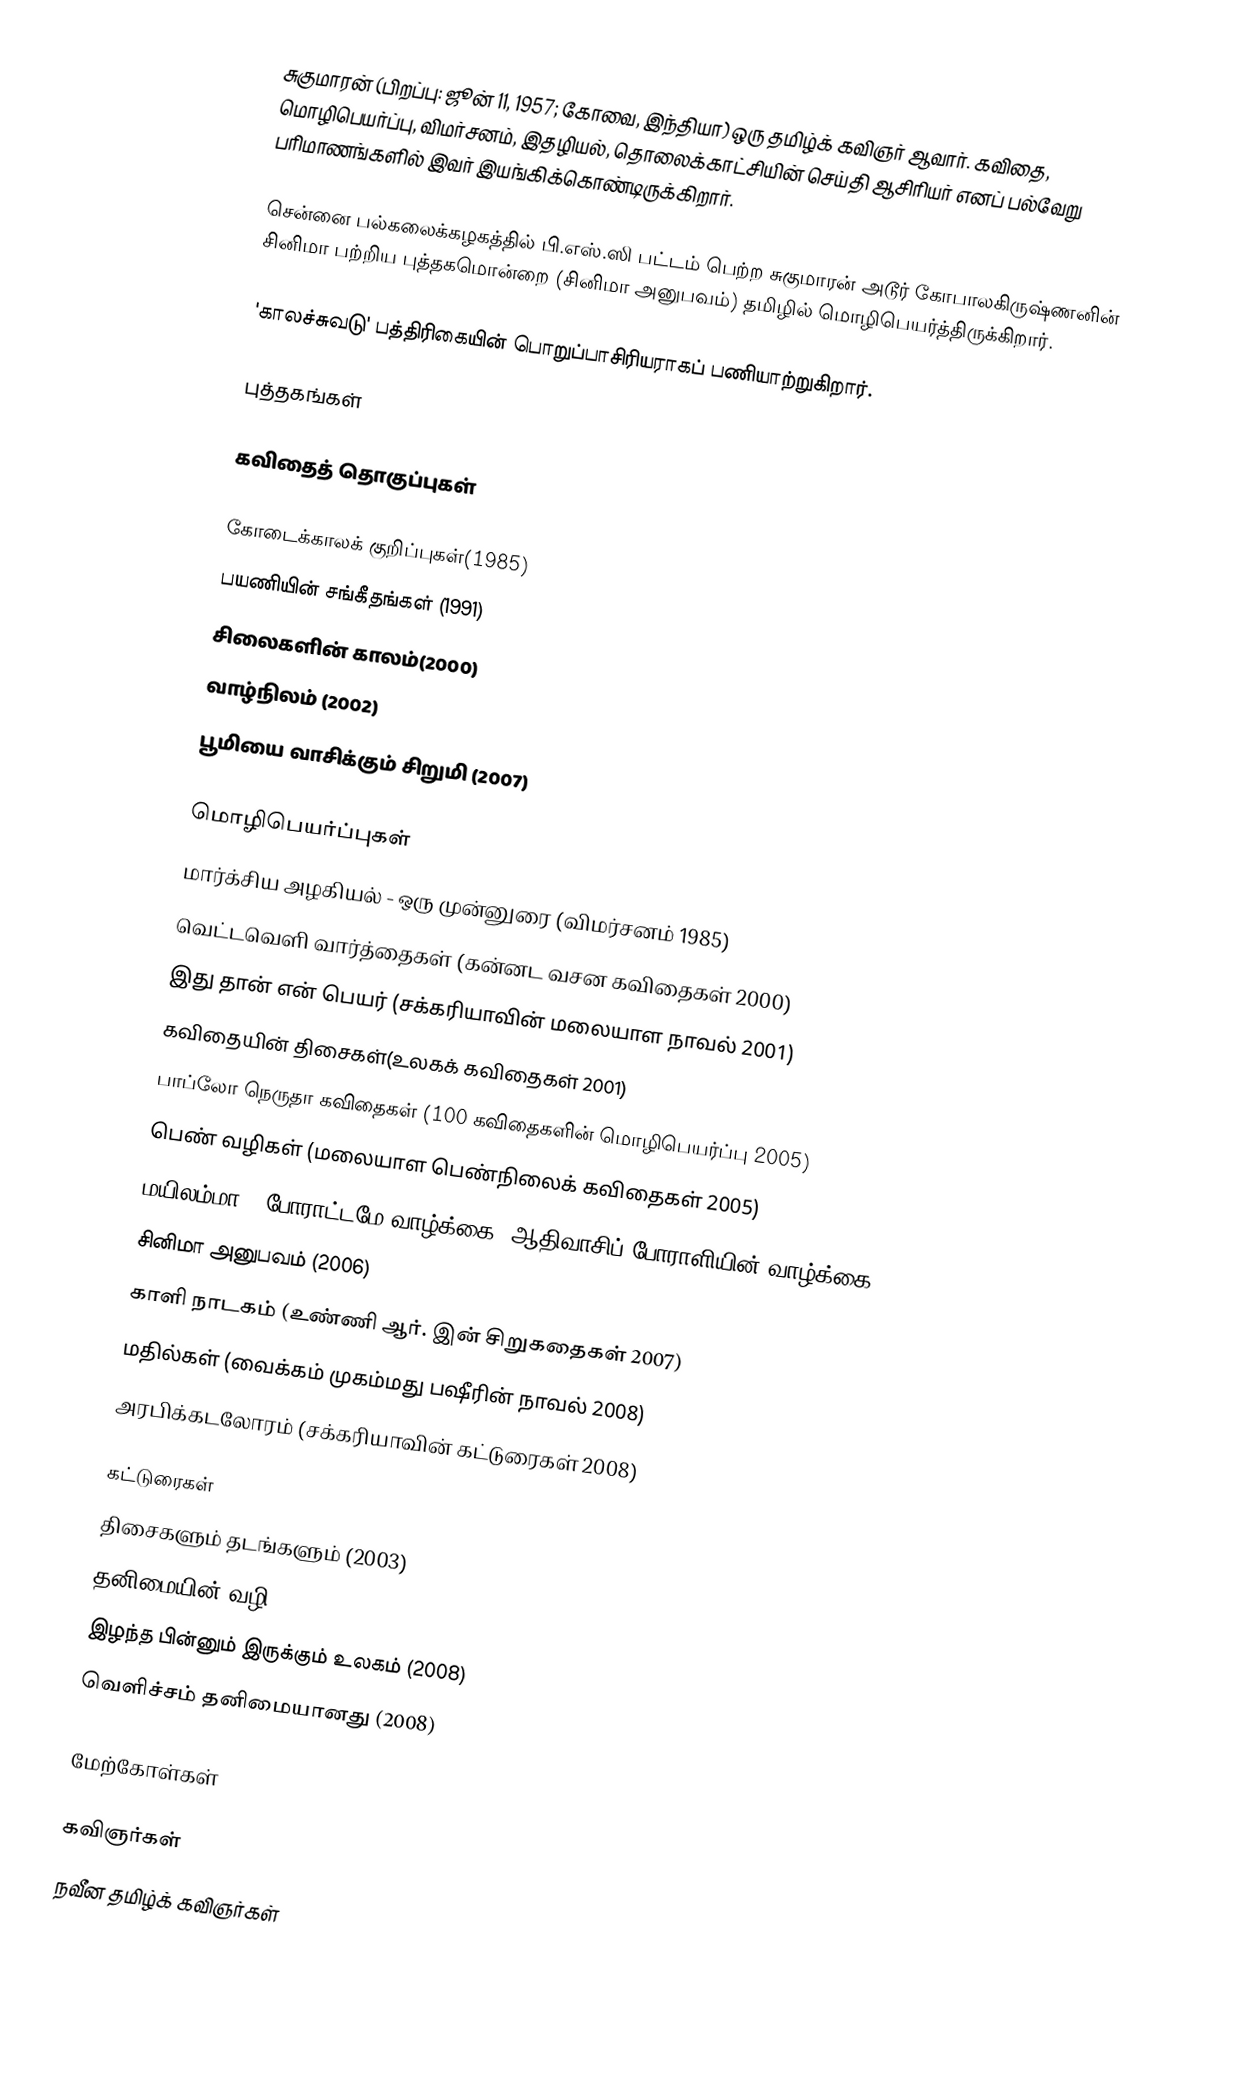
சுகுமாரன் (பிறப்பு: ஜூன் 11, 1957; கோவை, இந்தியா) ஒரு தமிழ்க் கவிஞர் ஆவார். கவிதை, மொழிபெயர்ப்பு, விமர்சனம், இதழியல், தொலைக்காட்சியின் செய்தி ஆசிரியர் எனப் பல்வேறு பரிமாணங்களில் இவர் இயங்கிக்கொண்டிருக்கிறார்.

சென்னை பல்கலைக்கழகத்தில் பி.எஸ்.ஸி பட்டம் பெற்ற சுகுமாரன் அடூர் கோபாலகிருஷ்ணனின் சினிமா பற்றிய புத்தகமொன்றை (சினிமா அனுபவம்) தமிழில் மொழிபெயர்த்திருக்கிறார்.

'காலச்சுவடு' பத்திரிகையின் பொறுப்பாசிரியராகப் பணியாற்றுகிறார்.

புத்தகங்கள்

கவிதைத் தொகுப்புகள்

 கோடைக்காலக் குறிப்புகள்(1985)
 பயணியின் சங்கீதங்கள் (1991)
 சிலைகளின் காலம்(2000)
 வாழ்நிலம் (2002)
 பூமியை வாசிக்கும் சிறுமி (2007)

மொழிபெயர்ப்புகள்
 மார்க்சிய அழகியல் - ஒரு முன்னுரை (விமர்சனம் 1985)
 வெட்டவெளி வார்த்தைகள் (கன்னட வசன கவிதைகள் 2000)
 இது தான் என் பெயர் (சக்கரியாவின் மலையாள நாவல் 2001)
 கவிதையின் திசைகள்(உலகக் கவிதைகள் 2001)
 பாப்லோ நெருதா கவிதைகள் (100 கவிதைகளின் மொழிபெயர்ப்பு 2005)
 பெண் வழிகள் (மலையாள பெண்நிலைக் கவிதைகள் 2005)
 மயிலம்மா - போராட்டமே வாழ்க்கை (ஆதிவாசிப் போராளியின் வாழ்க்கை 2006)
 சினிமா அனுபவம் (2006)
 காளி நாடகம் (உண்ணி ஆர். இன் சிறுகதைகள் 2007)
 மதில்கள் (வைக்கம் முகம்மது பஷீரின் நாவல் 2008)
 அரபிக்கடலோரம் (சக்கரியாவின் கட்டுரைகள் 2008)

கட்டுரைகள்
 திசைகளும் தடங்களும் (2003)
 தனிமையின் வழி ( 2007)
 இழந்த பின்னும் இருக்கும் உலகம் (2008)
 வெளிச்சம் தனிமையானது (2008)

மேற்கோள்கள்

கவிஞர்கள்
நவீன தமிழ்க் கவிஞர்கள்